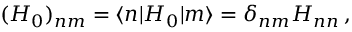
( H _ { 0 } ) _ { n m } = \langle n | H _ { 0 } | m \rangle = \delta _ { n m } H _ { n n } \, ,